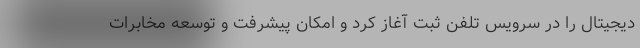
دیجیتال را در سرویس تلفن ثبت آغاز کرد و امکان پیشرفت و توسعه مخابرات